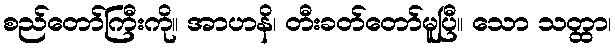
စည်တော်ကြီးကို။ အာဟနိ၊ တီးခတ်တော်မူပြီ။ သော သတ္ထာ၊